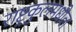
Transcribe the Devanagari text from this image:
राष्ट्रकुलमधील